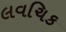
લવચિક